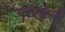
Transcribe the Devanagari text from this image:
नोरबेर्त